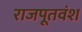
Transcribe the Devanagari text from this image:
राजपूतवंश